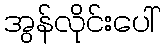
အွန်လိုင်းပေါ်